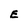
Character: E